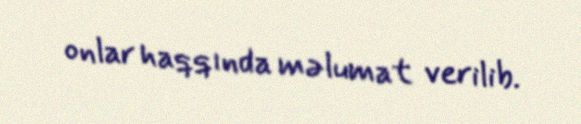
onlar haqqında məlumat verilib.